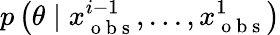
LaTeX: p\left(\theta\mid x_{\mathrm{~o~b~s~}}^{i-1},...,x_{\mathrm{~o~b~s~}}^{1}\right)